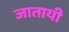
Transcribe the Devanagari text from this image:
जातायी